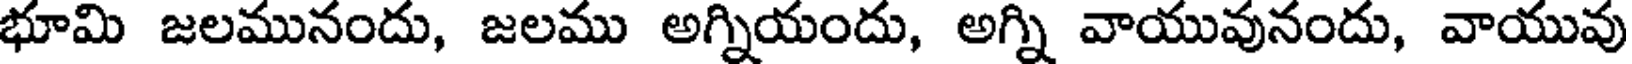
భూమి జలమునందు, జలము అగ్నియందు, అగ్ని వాయువునందు, వాయువు